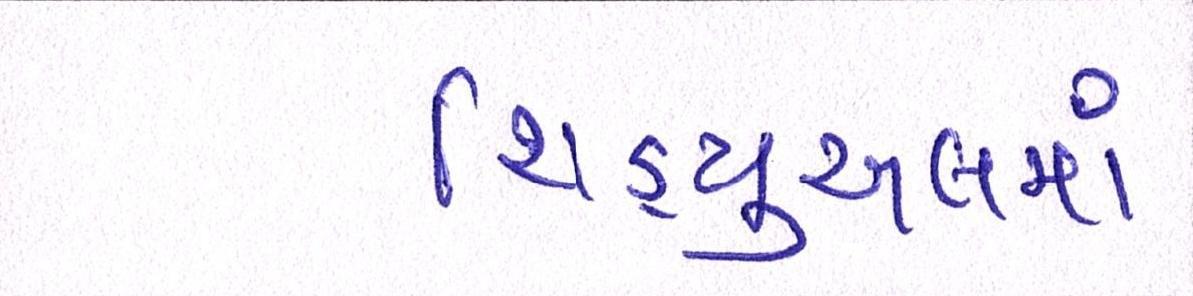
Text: શિડ્યુઅલમાં